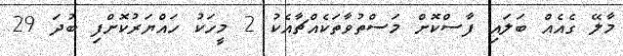
މާލޭ ގެއެއް ބަލައި ފާސްކޮށް މަސްތުވާތަކެއްޗާއެކު 2 މީހަކު ހައްޔަރުކޮށްފި ބުދަ 29